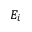
E _ { i }